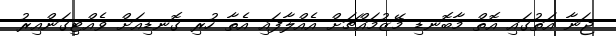
ޖަނާ އަތުގައި އޮތް މާބޮނޑި މޭޒުމައްޗަށް އެއްލާފައި އެތާ ހުރި ގޮނޑިއަށް ވެއްޓިގަންއިރު